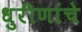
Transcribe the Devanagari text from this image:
धुरीणांचे